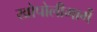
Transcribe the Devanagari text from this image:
खोपोलीमार्गे